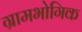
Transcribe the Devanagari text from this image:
ग्रामभोगिक